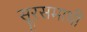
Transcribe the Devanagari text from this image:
सूरसमाधी